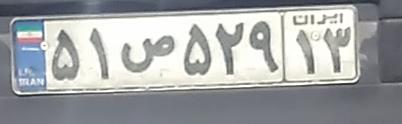
۵۱ص۵۲۹۱۳